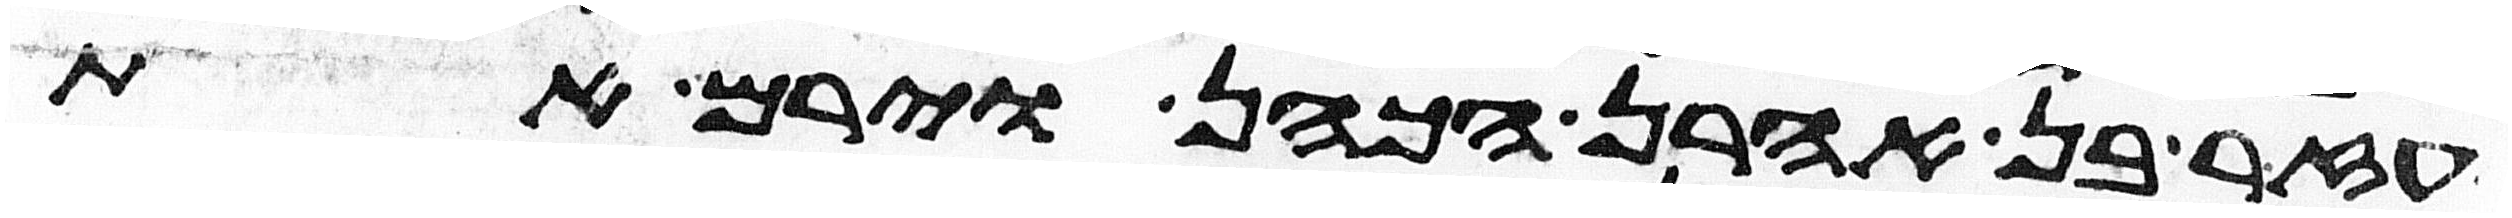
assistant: אלעזר בן אהרן הכהן וירם את